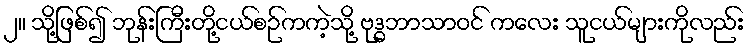
၂။ သို့ဖြစ်၍ ဘုန်းကြီးတို့ငယ်စဉ်ကကဲ့သို့ ဗုဒ္ဓဘာသာဝင် ကလေး သူငယ်များကိုလည်း